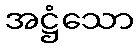
အဋ္ဌံသော